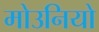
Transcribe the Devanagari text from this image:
मोउनियो